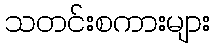
သတင်းစကားများ